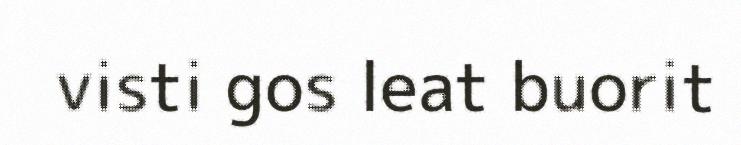
visti gos leat buorit